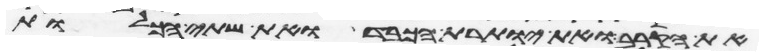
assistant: את הקרב ואת יותרת הכבד ואת שתי הכליות